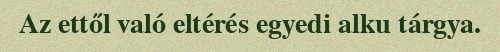
Az ettől való eltérés egyedi alku tárgya.